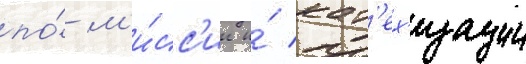
по́ м'и́сс'ии и́ кат'ех'изации